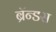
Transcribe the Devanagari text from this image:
ब्रॅन्डस